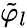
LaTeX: \tilde{\varphi}_{l}